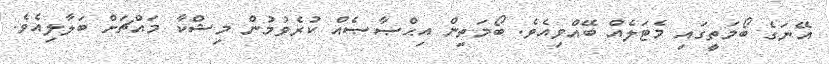
އޭނަގެ ބޯމަތީގައި މެޓަލެއް ބޭއްވިއެވެ. ބޯމަތިން އިޙްޞާޞެއް ކުރެވުމުން މިޝްކާ މައްޗަށް ބަލާލިއެވެ.